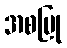
အစပြု